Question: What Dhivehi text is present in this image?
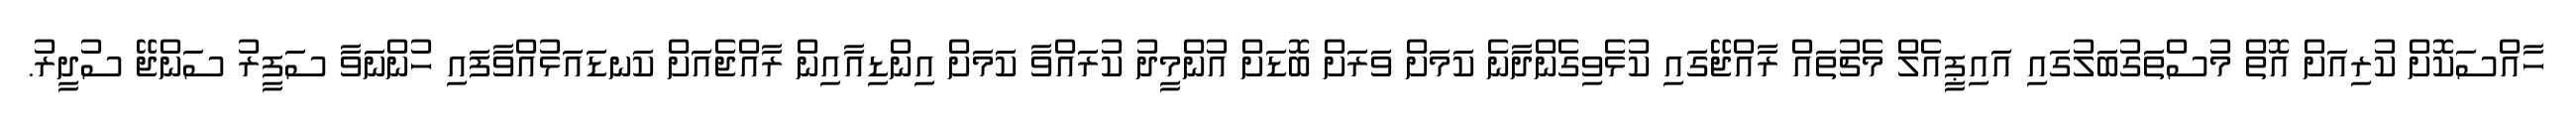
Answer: ހާއްސަކޮށް ކުރިއަށް އޮތް މުސްތަގުބަލުގައި އައިޕީއެލް މެޗުތައް ރާއްޖޭގައި ކުޅެވިގެންދާނެ ކަމަށް ވަރަށް ބޮޑަށް އުންމީދު ކުރައްވާ ކަމަށް އިންޑިއާއިން ރާއްޖެއަށް ކަނޑައަޅުއްވާފައި ހުންނަވާ ސަފީރު ސަންޖޭ ސުދީރު.